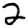
Digit: 2